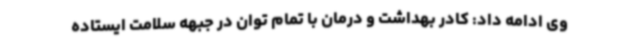
وی ادامه داد: کادر بهداشت و درمان با تمام توان در جبهه سلامت ایستاده